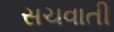
સચવાતી